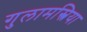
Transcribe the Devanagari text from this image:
गुलामस्त्रिया